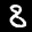
Label: 8